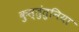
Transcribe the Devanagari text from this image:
क़ुस्तुंतुनिया